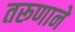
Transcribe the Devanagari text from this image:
तरूणाने